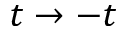
t \rightarrow - t